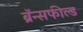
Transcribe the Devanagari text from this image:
ब्रॅन्सफील्ड